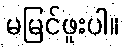
မမြင်ဖူးပါ။